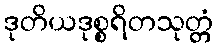
ဒုတိယဒုစ္စရိတသုတ္တံ